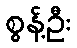
စွန့်ဦး